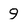
Character: 9